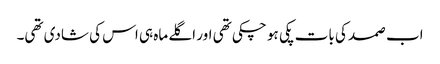
اب صمد کی بات پکی ہو چکی تھی اور اگلے ماہ ہی اس کی شادی تھی۔